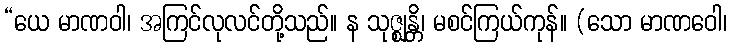
“ယေ မာဏဝါ၊ အကြင်လုလင်တို့သည်။ န သုဇ္ဈန္တိ၊ မစင်ကြယ်ကုန်။ (သော မာဏဝေါ၊